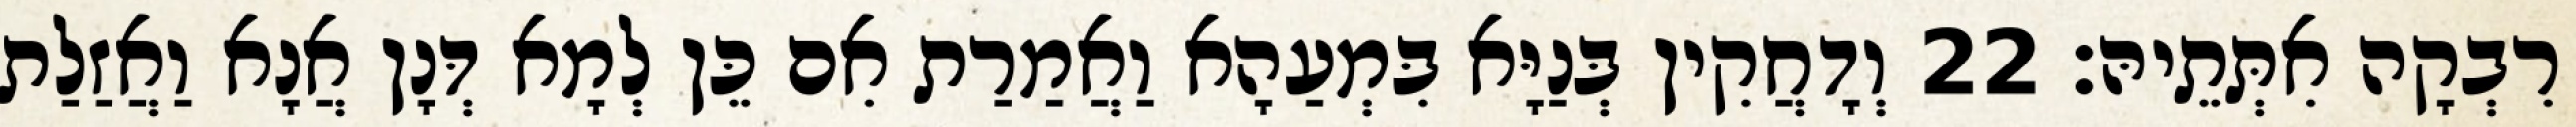
רִבְקָה אִתְּתֵיהּ׃ 22 וְדָחֲקִין בְּנַיָּא בִּמְעַהָא וַאֲמַרַת אִם כֵּן לְמָא דְּנָן אֲנָא וַאֲזַלַת